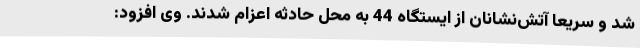
شد و سریعا آتش‌نشانان از ایستگاه 44 به محل حادثه اعزام شدند. وی افزود: